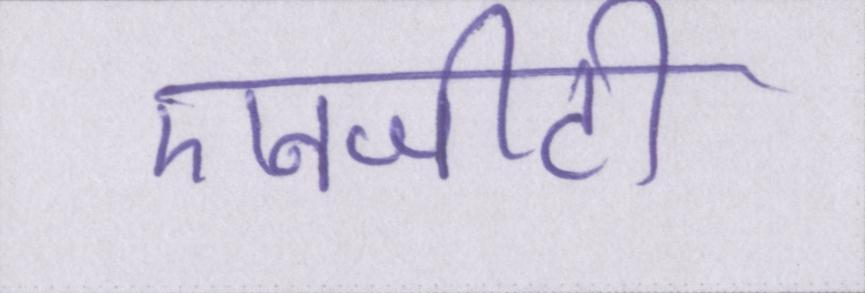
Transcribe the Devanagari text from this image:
एनजीटी